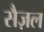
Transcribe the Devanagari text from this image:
सैज़ल